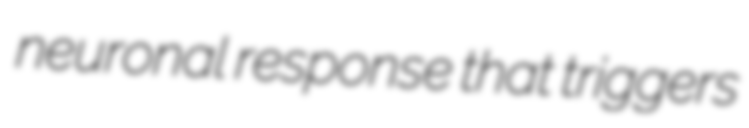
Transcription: neuronal response that triggers